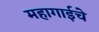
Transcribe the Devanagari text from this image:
महागाईचे